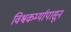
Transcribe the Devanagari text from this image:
विश्वकर्म्यापासून